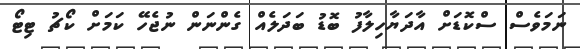
ނަމަވެސް ސްކޮޑަށް އާދަޔާހިލާފު ބޮޑު ބަދަލެއް ގެންނަން ނުޖެހޭ ކަމަށް ކޯޗު ޓިޓޯ